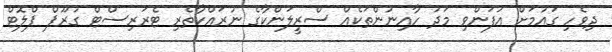
ދިވެހި ގައުމަށް އުފަންވި މަދު ހާއިނުންތަކެއް ސްރީލަންކާގެ ނުރައްކާތެރި ޓެރަރިސްޓް ގުރޫޕް ޕްލޮޓް